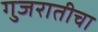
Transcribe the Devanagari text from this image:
गुजरातीचा